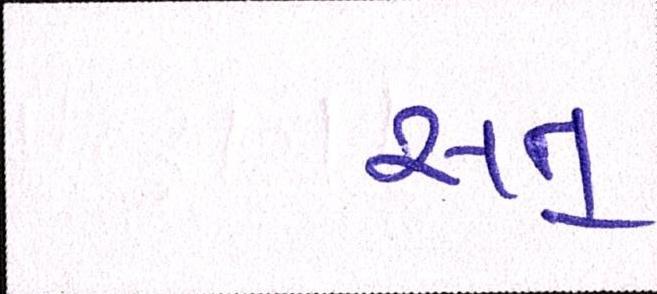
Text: સત્